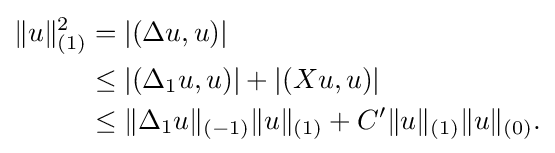
{\begin{aligned}\|u\|_{(1)}^{2}&=|(\Delta u,u)|\\&\leq |(\Delta _{1}u,u)|+|(Xu,u)|\\&\leq \|\Delta _{1}u\|_{(-1)}\|u\|_{(1)}+C^{\prime }\|u\|_{(1)}\|u\|_{(0)}.\end{aligned}}